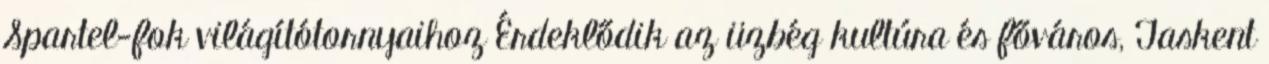
Spartel-fok világítótornyaihoz Érdeklődik az üzbég kultúra és főváros, Taskent